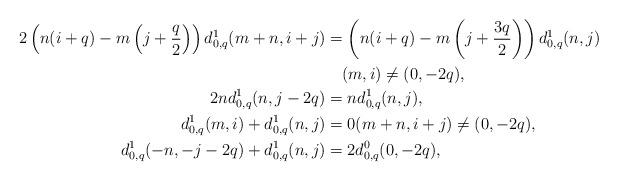
LaTeX: \begin{align*}2\left(n(i+q)-m\left(j+\frac q2\right)\right)d^1_{0,q}(m+n,i+j)&=\left(n(i+q)-m\left(j+\frac {3q}2\right)\right)d^1_{0,q}(n,j)\\&\quad(m,i)\ne(0,-2q),\\2nd^1_{0,q}(n,j-2q)&=nd^1_{0,q}(n,j),\\d^1_{0,q}(m,i)+d^1_{0,q}(n,j)&=0(m+n,i+j)\ne(0,-2q),\\d^1_{0,q}(-n,-j-2q)+d^1_{0,q}(n,j)&=2d^0_{0,q}(0,-2q),\end{align*}